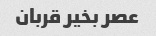
عصر بخیر قربان